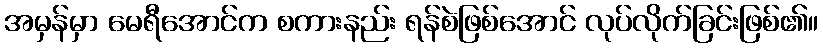
အမှန်မှာ မေရီအောင်က စကားနည်း ရန်စဲဖြစ်အောင် လုပ်လိုက်ခြင်းဖြစ်၏။